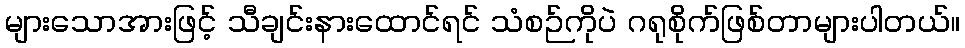
များသောအားဖြင့် သီချင်းနားထောင်ရင် သံစဉ်ကိုပဲ ဂရုစိုက်ဖြစ်တာများပါတယ်။